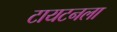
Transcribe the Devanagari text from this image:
टायटनला